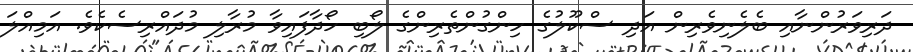
ދަރިވަރުންނާއި ބެލެނިވެރިން އަދި ސްކޫލުގެ ހިންގުންތެރިންގެ ލޯބި ހޯދާފައިވާ މުރާލި މުދައްރިސެކެވެ. އަމިއްލަ